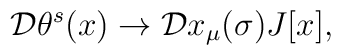
{\cal D}\theta^s(x) \rightarrow {\cal D}x_\mu(\sigma) J[x] ,